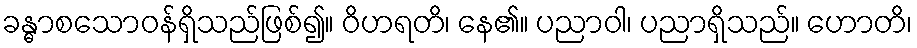
ခန္ဓာစသောဝန်ရှိသည်ဖြစ်၍။ ဝိဟရတိ၊ နေ၏။ ပညာဝါ၊ ပညာရှိသည်။ ဟောတိ၊